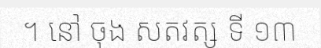
។ នៅ ចុង សតវត្ស ទី ១៣